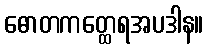
ဓောတကတ္ထေရအပဒါန။